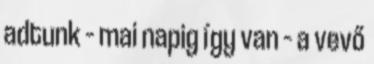
adtunk – mai napig így van – a vevő